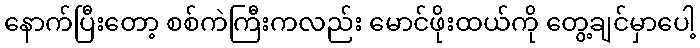
နောက်ပြီးတော့ စစ်ကဲကြီးကလည်း မောင်ဖိုးထယ်ကို တွေ့ချင်မှာပေါ့